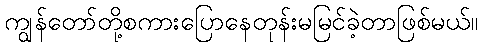
ကျွန်တော်တို့စကားပြောနေတုန်းမမြင်ခဲ့တာဖြစ်မယ်။